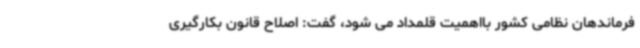
فرماندهان نظامی کشور بااهمیت قلمداد می شود، گفت: اصلاح قانون بکارگیری